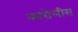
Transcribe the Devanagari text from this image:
कारोलीस